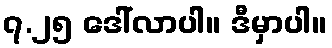
၇.၂၅ ဒေါ်လာပါ။ ဒီမှာပါ။